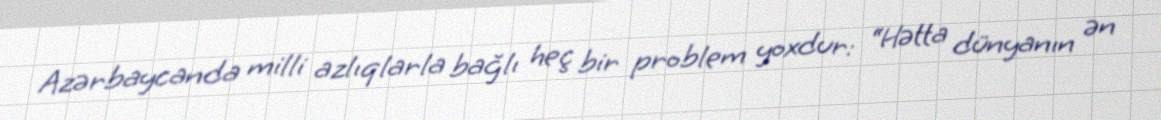
Azərbaycanda milli azlıqlarla bağlı heç bir problem yoxdur: “Hətta dünyanın ən